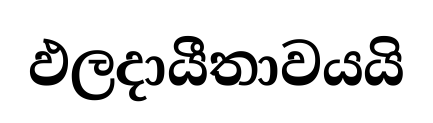
ඵලදායීතාවයයි